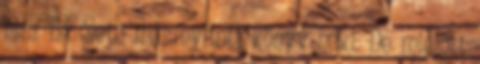
hisz Ed élete már nyitott könyv neki. De mielőtt